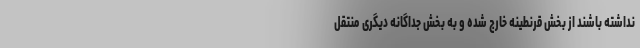
نداشته باشند از بخش قرنطینه خارج شده و به بخش جداگانه دیگری منتقل